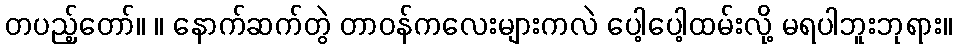
တပည့်တော်။ ။ နောက်ဆက်တွဲ တာဝန်ကလေးများကလဲ ပေါ့ပေါ့ထမ်းလို့ မရပါဘူးဘုရား။